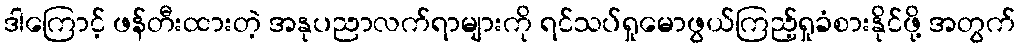
ဒါကြောင့် ဖန်တီးထားတဲ့ အနုပညာလက်ရာများကို ရင်သပ်ရှုမောဖွယ်ကြည့်ရှုခံစားနိုင်ဖို့ အတွက်